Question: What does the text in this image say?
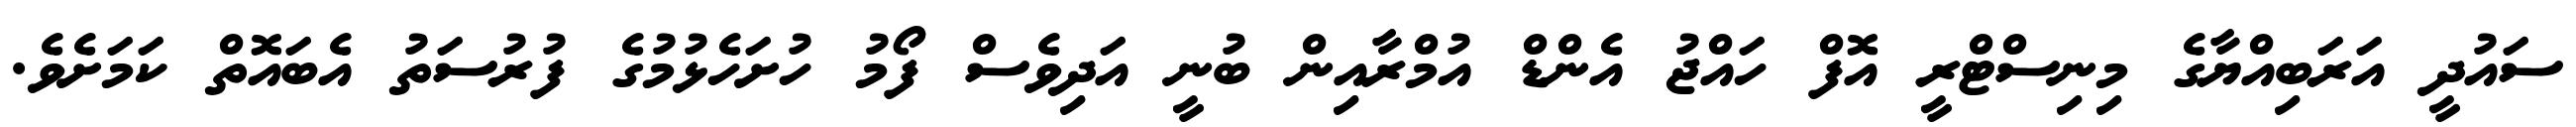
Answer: ސައުދީ އަރަބިއްޔާގެ މިނިސްޓްރީ އޮފް ހައްޖު އެންޑް އުމްރާއިން ބުނީ އަދިވެސް ފޯމު ހުށަހެޅުމުގެ ފުރުސަތު އެބައޮތް ކަމަށެވެ.